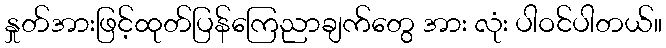
နှုတ်အားဖြင့်ထုတ်ပြန်ကြေညာချက်တွေ အား လုံး ပါဝင်ပါတယ်။